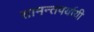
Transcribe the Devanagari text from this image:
सामन्तपर्यायी